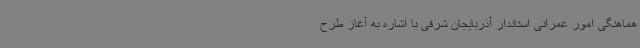
هماهنگی امور عمرانی استاندار آذربایجان شرقی با اشاره به آغاز طرح